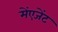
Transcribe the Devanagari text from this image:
मेंएजेंट